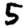
Digit: 5